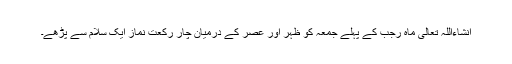
انشاءاللہ تعالٰی ماہ رجب کے پہلے جمعہ کو ظہر اور عصر کے درمیان چار رکعت نماز ایک سلام سے پڑھے۔